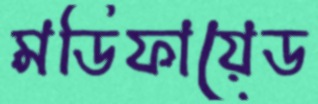
মডিফায়েড